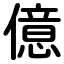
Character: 億